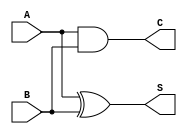
module halfadder (
    output S,C,
    input A,B

);
    xor(S,A,B);
    and(C,A,B);
    
endmodule